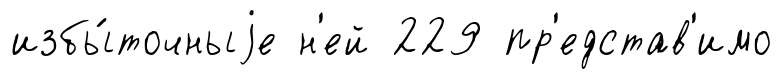
избы́точныjе н'ей 229 пр'едстав'имо